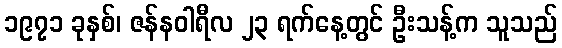
၁၉၇၁ ခုနှစ်၊ ဇန်နဝါရီလ ၂၃ ရက်နေ့တွင် ဦးသန့်က သူသည်